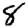
Digit: 8